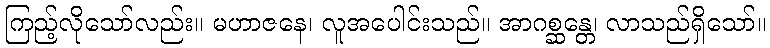
ကြည့်လိုသော်လည်း။ မဟာဇနေ၊ လူအပေါင်းသည်။ အာဂစ္ဆန္တေ၊ လာသည်ရှိသော်။